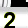
Digit: 2